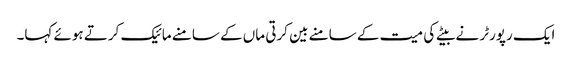
ایک رپورٹر نے بیٹے کی میت کے سامنے بین کرتی ماں کے سامنے مائیک کرتے ہوئے کہا۔